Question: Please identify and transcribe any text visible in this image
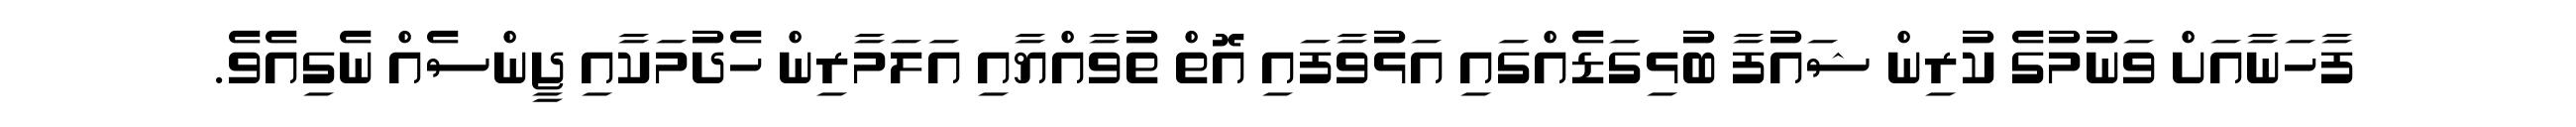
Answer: ފާހަނާއަށް ވަނުމުގެ ކުރިން ޝައުފާ ބުޅިގަޑެއްގައި އަޅުވާފައި އޮތް ތުވާއްޔާއި އަލަމާރިން ހެދުމަކާއި ޖީންސެއް ނެގިއެވެ.